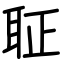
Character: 聇